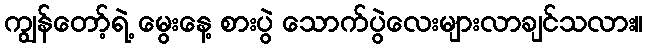
ကျွန်တော့်ရဲ့ မွေးနေ့ စားပွဲ သောက်ပွဲလေးများလာချင်သလား။